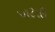
ખટાઉ